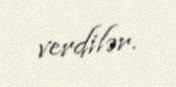
verdilər.